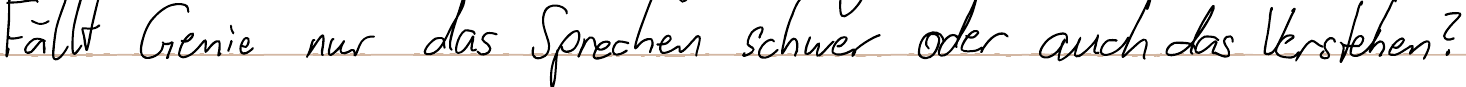
Fällt Genie nur das Sprechen schwer oder auch das Verstehen?